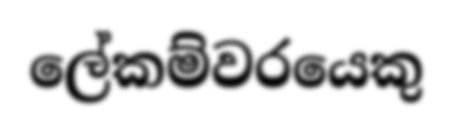
ලේකම්වරයෙකු